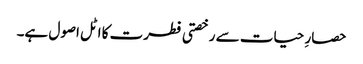
حصارِ حیات سے رخصتی فطرت کا اٹل اصول ہے۔